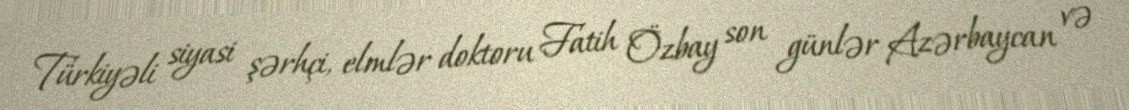
Türkiyəli siyasi şərhçi, elmlər doktoru Fatih Özbay son günlər Azərbaycan və